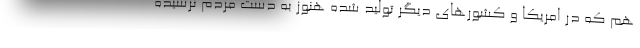
هم که در امریکا و کشور‌های دیگر تولید شده هنوز به دست مردم نرسیده